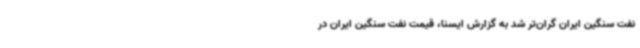
نفت سنگین ایران گران‌تر شد به گزارش ایسنا، قیمت نفت سنگین ایران در